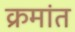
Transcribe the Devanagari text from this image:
क्रमांत